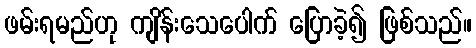
ဖမ်းရမည်ဟု ကျိန်းသေပေါက် ပြောခဲ့၍ ဖြစ်သည်။